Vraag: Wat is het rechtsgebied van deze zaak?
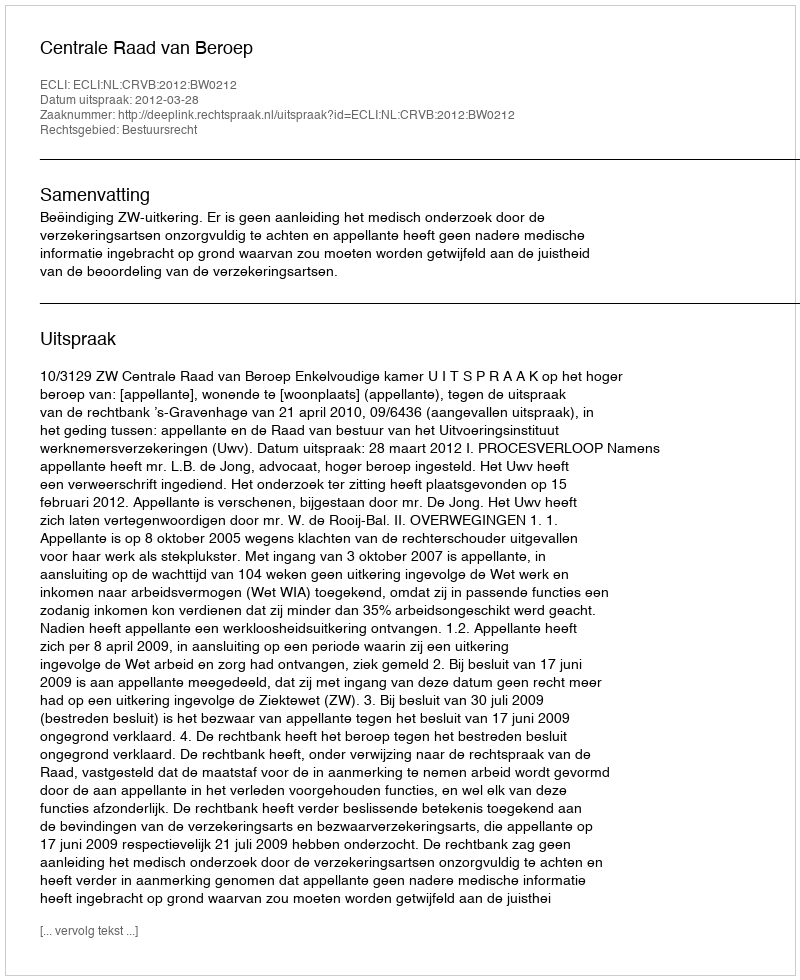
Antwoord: Bestuursrecht